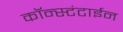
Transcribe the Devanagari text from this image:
कॉन्स्टंटाईन